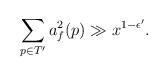
LaTeX: \begin{align*}\begin{gathered}\sum_{p \in T^{\prime} } a_f^2(p) \gg x^{1-\epsilon^{\prime}}. \end{gathered}\end{align*}